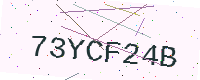
Text: 73YCF24B